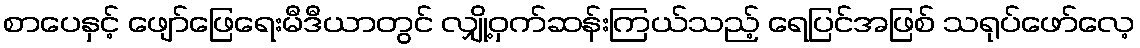
စာပေနှင့် ဖျော်ဖြေရေးမီဒီယာတွင် လျှို့ဝှက်ဆန်းကြယ်သည့် ရေပြင်အဖြစ် သရုပ်ဖော်လေ့